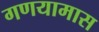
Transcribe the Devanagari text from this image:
गणयामास